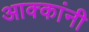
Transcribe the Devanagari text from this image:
आक्कांनी